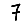
Digit: 7